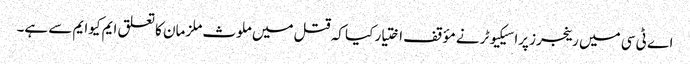
اے ٹی سی میں رینجرز پراسیکیوٹر نے مؤقف اختیار کیا کہ قتل میں ملوث ملزمان کا تعلق ایم کیوایم سے ہے۔